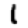
Digit: 1